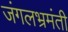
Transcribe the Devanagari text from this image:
जंगलभ्रमंती